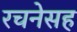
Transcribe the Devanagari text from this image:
रचनेसह